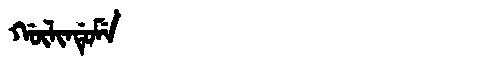
Manchu: ᡤᡡᠯᡳᠨᡩᡠᠮᡝ
Romanization: GŪLINDUME